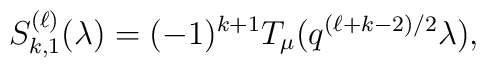
S^{(\ell)}_{k,1} (\lambda) = (-1)^{k+1} T_{\mu}(q^{(\ell+k-2)/2} \lambda),